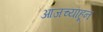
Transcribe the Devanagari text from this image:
आजच्याहून